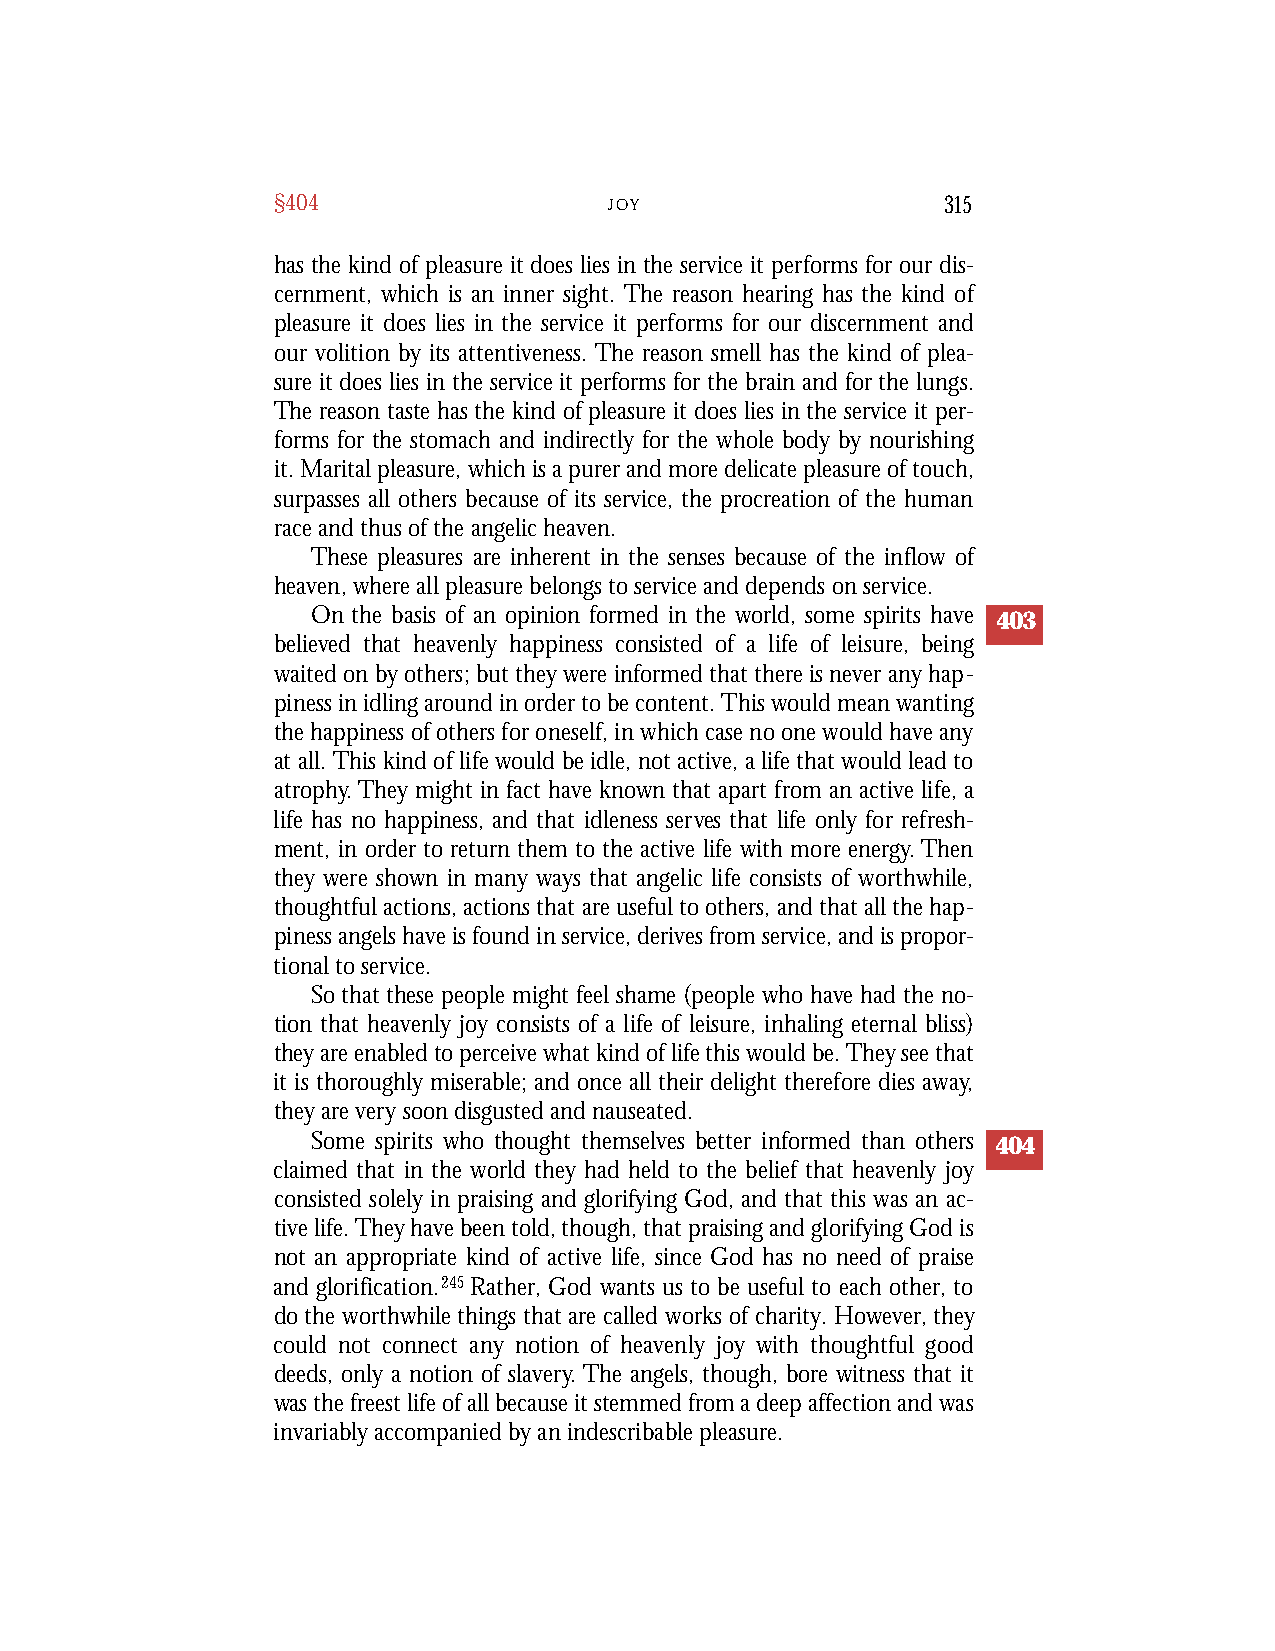
§404                  J OY                   315
 has the kind of pleasure it does lies in the service it performs for our dis-
 cernment, which is an inner sight. The reason hearing has the kind of
 pleasure it does lies in the service it performs for our discernment and
 our volition by its attentiveness. The reason smell has the kind of plea-
 sure it does lies in the service it performs for the brain and for the lungs.
 The reason taste has the kind of pleasure it does lies in the service it per-
 forms for the stomach and indirectly for the whole body by nourishing
 it. Marital pleasure, which is a purer and more delicate pleasure of touch,
 surpasses all others because of its service, the procreation of the human
 race and thus of the angelic heaven.
 These pleasures are inherent in the senses because of the inflow of
 heaven, where all pleasure belongs to service and depends on service.
 On the basis of an opinion formed in the world, some spirits have 403
 believed that heavenly happiness consisted of a life of leisure, being
 waited on by others; but they were informed that there is never any hap-
 piness in idling around in order to be content. This would mean wanting
 the happiness of others for oneself, in which case no one would have any
 at all. This kind of life would be idle, not active, a life that would lead to
 atrophy.They might in fact have known that apart from an active life, a
 life has no happiness, and that idleness serves that life only for refresh-
 ment, in order to return them to the active life with more energy.Then
 they were shown in many ways that angelic life consists of worthwhile,
 thoughtful actions, actions that are useful to others, and that all the hap-
 piness angels have is found in service, derives from service, and is propor-
 tional to service.
 So that these people might feel shame (people who have had the no-
 tion that heavenly joy consists of a life of leisure, inhaling eternal bliss)
 they are enabled to perceive what kind of life this would be. They see that
 it is thoroughly miserable; and once all their delight therefore dies away,
 they are very soon disgusted and nauseated.
 Some spirits who thought themselves better informed than others 404
 claimed that in the world they had held to the belief that heavenly joy
 consisted solely in praising and glorifying God, and that this was an ac-
 tive life. They have been told, though, that praising and glorifying God is
 not an appropriate kind of active life, since God has no need of praise
 and glorification.245 Rather, God wants us to be useful to each other, to
 do the worthwhile things that are called works of charity. However, they
 could not connect any notion of heavenly joy with thoughtful good
 deeds, only a notion of slavery.The angels, though, bore witness that it
 was the freest life of all because it stemmed from a deep affection and was
 invariably accompanied by an indescribable pleasure.